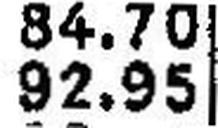
92.95